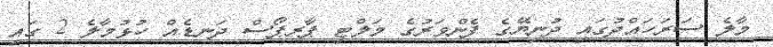
މާލެ ސަރަހައްދުގައި ދުނިޔޭގެ ފެންވަރުގެ މަލްޓި ޕާރޕޯސް ދަނޑެއް ހުޅުމާލެ 2 ގައި